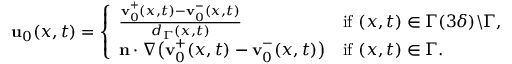
\begin{array} { r } { \mathbf { u } _ { 0 } ( x , t ) = \left\{ \begin{array} { l l } { \frac { \mathbf { v } _ { 0 } ^ { + } ( x , t ) - \mathbf { v } _ { 0 } ^ { - } ( x , t ) } { d _ { \Gamma } ( x , t ) } } & { \mathrm { i f ~ } ( x , t ) \in \Gamma ( 3 \delta ) \backslash \Gamma , } \\ { \mathbf { n } \cdot \nabla \big ( \mathbf { v } _ { 0 } ^ { + } ( x , t ) - \mathbf { v } _ { 0 } ^ { - } ( x , t ) \big ) } & { \mathrm { i f ~ } ( x , t ) \in \Gamma . } \end{array} \right. } \end{array}